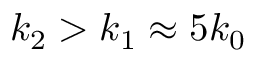
k _ { 2 } > k _ { 1 } \approx 5 k _ { 0 }